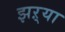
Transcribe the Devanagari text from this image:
झऱ्या